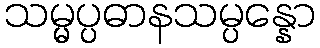
သမ္မပ္ပဓာနသမ္ပန္နော